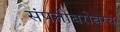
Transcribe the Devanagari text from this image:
संपत्तीबरोबरच